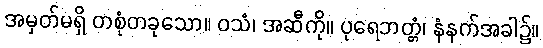
အမှတ်မရှိ တစုံတခုသော။ ဝသံ၊ အဆီကို။ ပုရေဘတ္တံ၊ နံနက်အခါ၌။